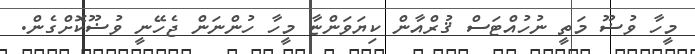
މީހާ ވުޟޫ މަތީ ނުހުއްޓަސް ޤުރްއާން ކިޔަވަންޏާ މީހާ ހުންނަން ޖެހޭނީ ވުޟޫކޮށްގެން.